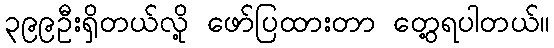
၃၉၉ဦးရှိတယ်လို့ ဖော်ပြထားတာ တွေ့ရပါတယ်။